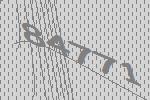
84771